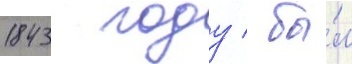
1843 году / бы́л